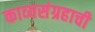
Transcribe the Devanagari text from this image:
काव्यसंग्रहाची